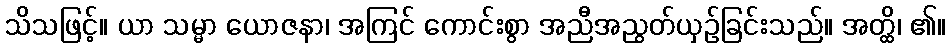
သိသဖြင့်။ ယာ သမ္မာ ယောဇနာ၊ အကြင် ကောင်းစွာ အညီအညွတ်ယှဉ်ခြင်းသည်။ အတ္ထိ၊ ၏။